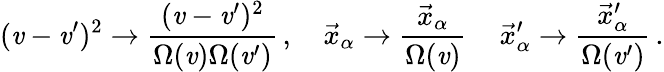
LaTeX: (\mathit{v}-\mathit{v}^{\prime})^{2}\rightarrow\frac{{(\mathit{v}-\mathit{v}^{\prime})^{2}}}{{\Omega(\mathit{v})\Omega(\mathit{v}^{\prime})}}\, ,\quad\vec{{x}}_{\alpha}\rightarrow\frac{{\vec{{x}}_{\alpha}}}{{\Omega(\mathit{v})}}\, \quad\vec{{x}}_{\alpha}^{\prime}\rightarrow\frac{{\vec{{x}}_{\alpha}^{\prime}}}{{\Omega(\mathit{v}^{\prime})}}\, .